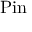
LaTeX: \operatorname { P i n }